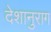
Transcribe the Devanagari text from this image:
देशानुराग